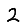
Digit: 2